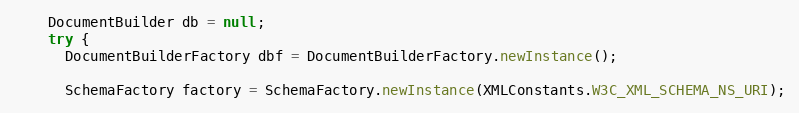
Language: Java
    DocumentBuilder db = null;
    try {
      DocumentBuilderFactory dbf = DocumentBuilderFactory.newInstance();

      SchemaFactory factory = SchemaFactory.newInstance(XMLConstants.W3C_XML_SCHEMA_NS_URI);